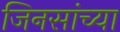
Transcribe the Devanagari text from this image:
जिनसांच्या